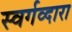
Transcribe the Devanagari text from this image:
स्वर्गव्दारा